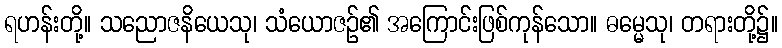
ရဟန်းတို့။ သညောဇနိယေသု၊ သံယောဇဉ်၏ အကြောင်းဖြစ်ကုန်သော။ ဓမ္မေသု၊ တရားတို့၌။